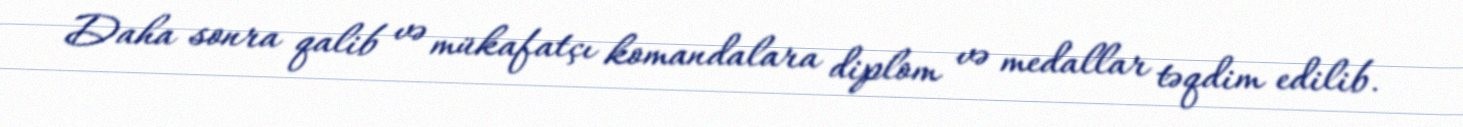
Daha sonra qalib və mükafatçı komandalara diplom və medallar təqdim edilib.